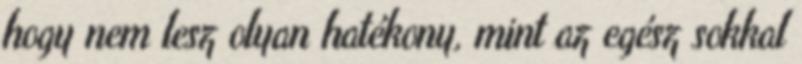
hogy nem lesz olyan hatékony, mint az egész sokkal